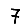
Digit: 7